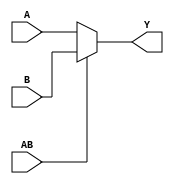
// This program was cloned from: https://github.com/rolo-g/TRISC-Processor
// License: MIT License

//Rolando Rosales 1001850424 - HW8 P1 parametrized 4-bit two-to-one mux

module twoto1mux #(parameter N = 4)
(
	input [N-1:0] A, B,
	input AB,
	output [N-1:0] Y
);
	assign Y = AB == 0 ? A : B;
endmodule